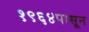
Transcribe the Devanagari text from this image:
१९६४पासून